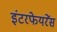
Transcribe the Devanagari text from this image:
इंटरफेयरेंस